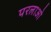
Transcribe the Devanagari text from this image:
परलाओ